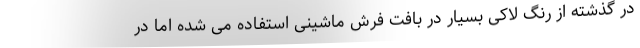
در گذشته از رنگ لاکی بسیار در بافت فرش ماشینی استفاده می شده اما در